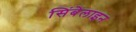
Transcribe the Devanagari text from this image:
सिंबेलाइन